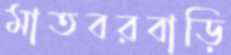
মাতবরবাড়ি